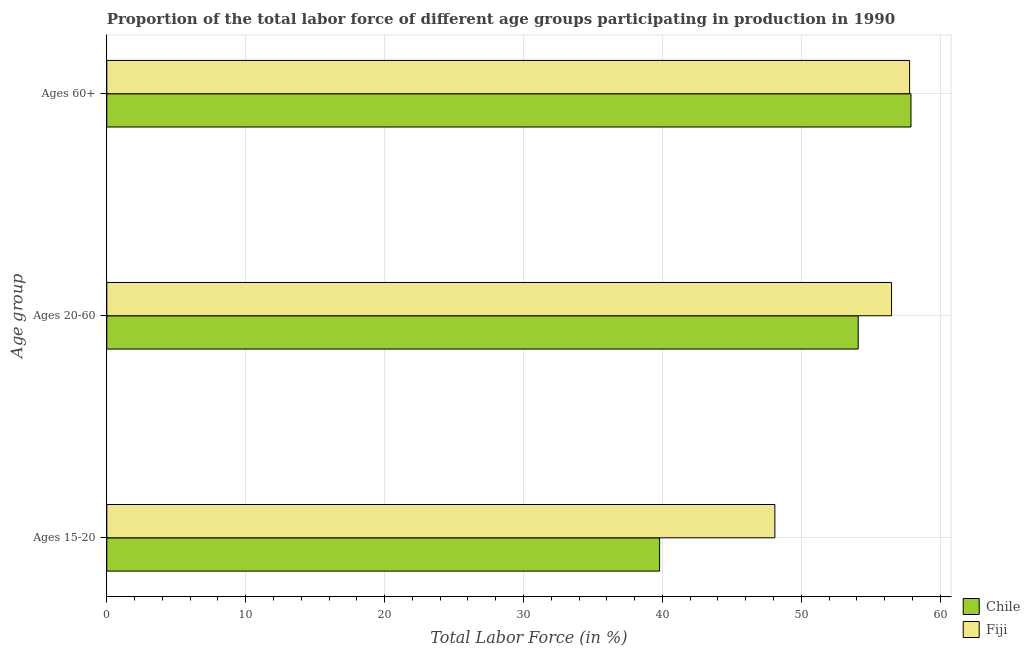
| Age group | Chile | Fiji |
 | --- | --- | --- |
 | Ages 15-20 | 39.8 | 48.1 |
 | Ages 20-60 | 54.1 | 56.5 |
 | Ages 60+ | 57.9 | 57.8 |